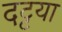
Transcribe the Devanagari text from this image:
दट्टया